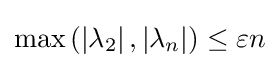
\max \left(\left|\lambda _{2}\right|,\left|\lambda _{n}\right|\right)\leq \varepsilon n